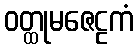
ဝတ္ထုမဇေဠကံ